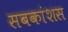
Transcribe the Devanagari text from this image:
सबकांशस